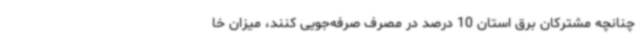
چنانچه مشترکان برق استان 10 درصد در مصرف صرفه‌جویی کنند، میزان خا